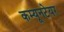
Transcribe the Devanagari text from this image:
कम्यूनटेयर